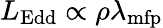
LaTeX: L_{\mathrm{Edd}}\propto\rho\lambda_{\mathrm{mfp}}